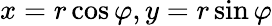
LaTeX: x=r\cos\varphi,y=r\sin\varphi